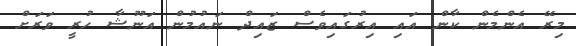
މިރޭ އެންމެން ކާން އައި އިރުގައިވެސް ޒައިދް ނައުމުން އަނޫޝާ ހުރީ ވަރަށް